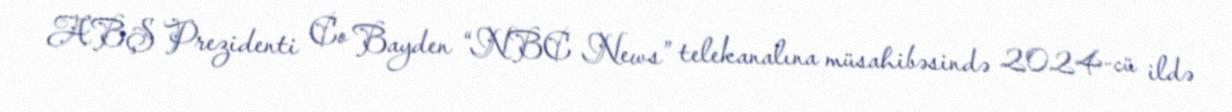
ABŞ Prezidenti Co Bayden “NBC News” telekanalına müsahibəsində 2024-cü ildə